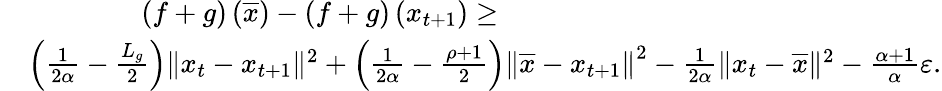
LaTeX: \begin{array}{rl}&{\qquad\qquad\left(f+g\right)\left(\overline{{x}}\right)-\left(f+g\right)\left(x_{t+1}\right)\geq}\\ &{\left(\frac{1}{2\alpha}-\frac{L_{g}}{2}\right)\| x_{t}-x_{t+1}\| ^{2}+\left(\frac{1}{2\alpha}-\frac{\rho+1}{2}\right)\left\Vert\overline{{x}}-x_{t+1}\right\Vert^{2}-\frac{1}{2\alpha}\| x_{t}-\overline{{x}}\| ^{2}-\frac{\alpha+1}{\alpha}\varepsilon.}\end{array}